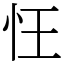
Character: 忹